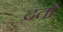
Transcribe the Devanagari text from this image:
दतो